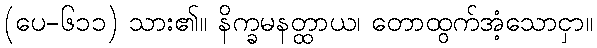
(ပေ-၆၁၁) သား၏။ နိက္ခမနတ္ထာယ၊ တောထွက်အံ့သောငှာ။